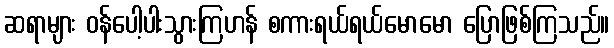
ဆရာများ ဝန်ပေါ့ပါးသွားကြဟန် စကားရယ်ရယ်မောမော ပြောဖြစ်ကြသည်။